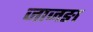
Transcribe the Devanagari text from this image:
जाजङा